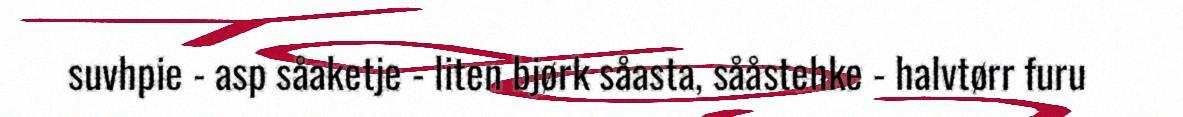
suvhpie - asp såaketje - liten bjørk såasta, sååstehke - halvtørr furu